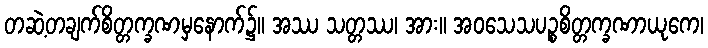
တဆဲ့တချက်စိတ္တက္ခဏမှနောက်၌။ အဿ သတ္တဿ၊ အား။ အဝသေသပဉ္စစိတ္တက္ခဏာယုကေ၊